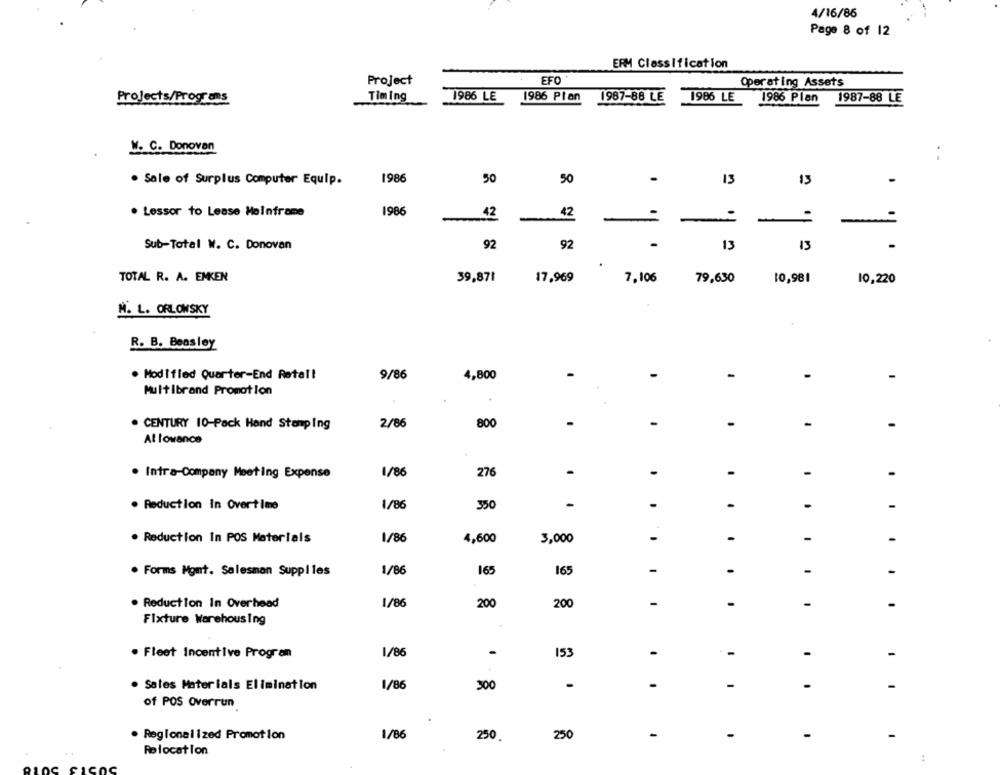
4/16/86
Page 8 of 12
ERM Classification
Project
EFO
Operating Assets
Projects/Programs
Timing
1986 LE
1986 Plan
1987-88 LE
1986 LE
1986 Plan
1987-88 LE
W. C. Donovan
. .
1986
50
13
. Sale of Surplus Computer Equip.
50
13
. Lessor to Lease Mainframe
1986
42
42
-
-
Sub-Total W. C. Donovan
92
92
-
13
13
TOTAL R. A. EMKEN
39,871
17,969
7,106
10,981
79,630
10,220
M. L. ORLOWSKY
R. B. Beasley
. Modified Quarter-End Retal!
9/86
4,800
-
Multibrand Promotion
. CENTURY 10-Pack Hand Stamping
2/86
800
-
Allowance
. Intra-Company Meeting Expense
1/86
276
-
-
-
-
1/86
350
-
-
-
. Reduction In Overtime
. Reduction In POS Materials
1/86
4,600
3,000
-
-
-
. Forms Mgmt. Salesman Supplles
1/86
165
165
-
-
-
. Reduction In Overhead
1/86
200
200
-
Fixture Warehousing
1/86
-
-
. Fleet Incentive Program
153
-
. Sales Materials Elimination
1/86
300
-
. .
-
of POS Overrun
. Regional ized Promotion
1/86
250.
250
-
-
-
-
Relocation